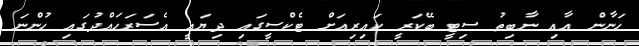
ހަނާން އާއި ނާބިތު ސިޓީ ބޭކަރީ ކައިރިއަށް ޓެކްސީގައި ދިޔައީ އެސަރަހައްދުގައި ހުންނަ